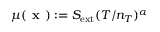
\mu ( \textbf { x } ) : = S _ { \mathrm { e x t } } ( T / n _ { T } ) ^ { \alpha }